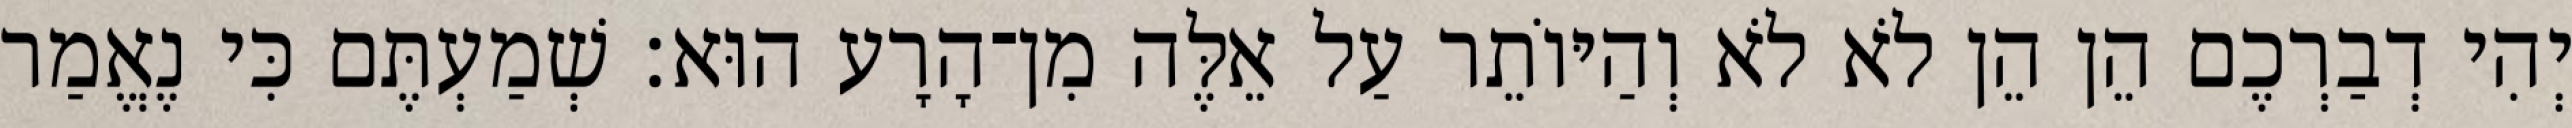
יְהִי דְבַרְכֶם הֵן הֵן לֹא לֹא וְהַיּוֹתֵר עַל אֵלֶּה מִן־הָרָע הוּא׃ שְׁמַעְתֶּם כִּי נֶאֱמַר